Problem: 46 + 32 = ?
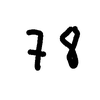
Handwritten answer: 78